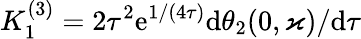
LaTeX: K_{1}^{(3)}=2\tau^{2}\mathrm{e}^{1/(4\tau)}\mathrm{d}\theta_{2}(0,\varkappa)/\mathrm{d}\tau